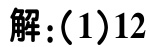
解：(1)12